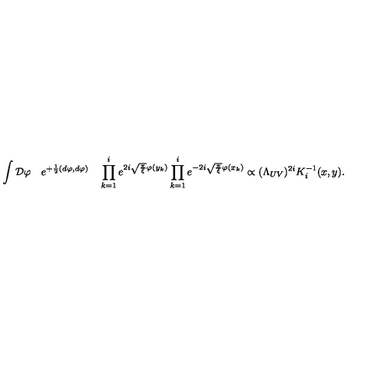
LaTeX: \int { \cal D } \varphi \quad e ^ { + { \frac { 1 } { 2 } } ( d \varphi , d \varphi ) } \quad \prod _ { k = 1 } ^ { i } e ^ { 2 i \sqrt { \frac { \pi } { \xi } } \varphi ( y _ { k } ) } \prod _ { k = 1 } ^ { i } e ^ { - 2 i \sqrt { \frac { \pi } { \xi } } \varphi ( x _ { k } ) } \propto ( \Lambda _ { U V } ) ^ { 2 i } K _ { i } ^ { - 1 } ( x , y ) .